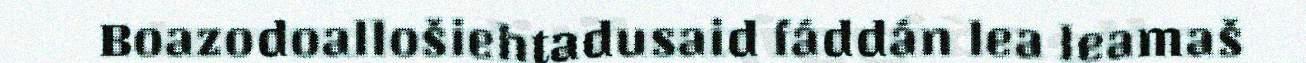
Boazodoallošiehtadusaid fáddán lea leamaš